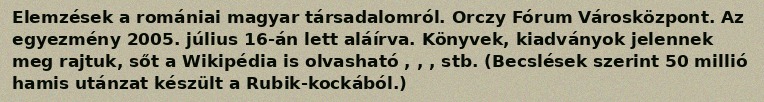
Elemzések a romániai magyar társadalomról. Orczy Fórum Városközpont. Az egyezmény 2005. július 16-án lett aláírva. Könyvek, kiadványok jelennek meg rajtuk, sőt a Wikipédia is olvasható , , , stb. (Becslések szerint 50 millió hamis utánzat készült a Rubik-kockából.)